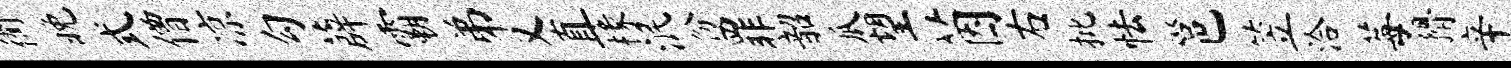
衢晚式僧凉勾薜霸弟又直椽泯份罪韶瓜望茵右批怯邕笠洽莓猾辛